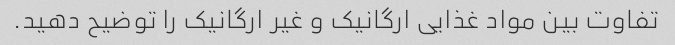
تفاوت بین مواد غذایی ارگانیک و غیر ارگانیک را توضیح دهید.